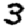
Digit: 3